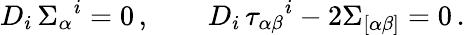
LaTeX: D_{i}\, \Sigma_{\alpha}{}^{i}=0\, ,\qquad D_{i}\, \tau_{\alpha\beta}{}^{i}-2\Sigma_{[\alpha\beta]}=0\, .